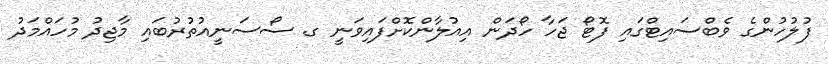
ފުލުހުންގެ ވެބްސައިޓްގައި ފޮޓޯ ޖަހާ ހޯދަން އިއުލާންކޮށްފައިވަނީ ގ. ސޯސަނީއުތުރުބައި މާޖިދު މުހައްމަދު